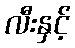
လီးနှင့်